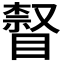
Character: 𥊨